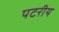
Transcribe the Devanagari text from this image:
पटरीय